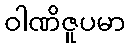
ဝါဏိဇူပမာ